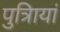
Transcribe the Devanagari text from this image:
पुत्रिायां